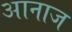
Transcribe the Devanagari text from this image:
आनाज